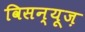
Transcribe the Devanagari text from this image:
विसन्यूज़